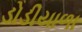
ડોડીયાળા